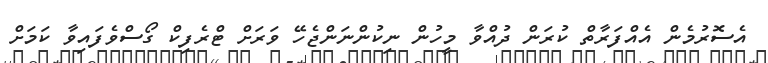
އެސޮރުމެން އެއްފަރާތް ކުރަން ދުއްވާ މީހުން ނިކުންނަންޖެހޭ ވަރަށް ޓްރެފިކް ގޯސްވެފައިވާ ކަމަށް